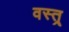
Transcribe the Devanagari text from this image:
वस्त्र्